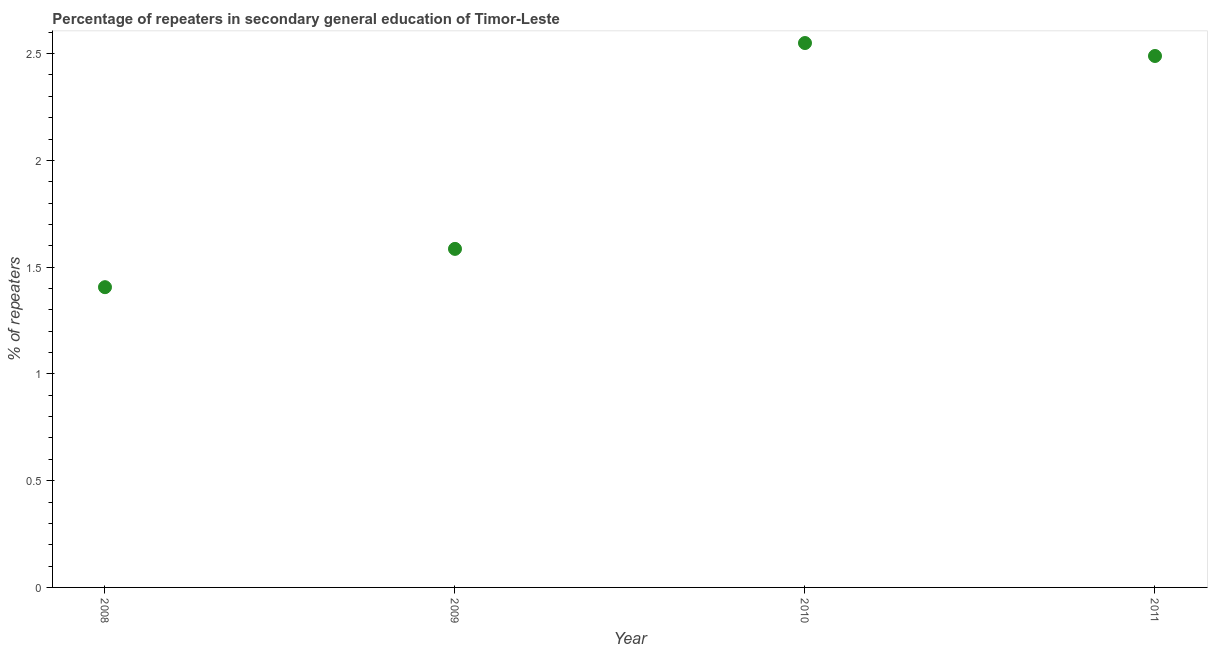
| Year | Percentage of repeaters |
 | --- | --- |
 | 2008 | 1.41 |
 | 2009 | 1.59 |
 | 2010 | 2.55 |
 | 2011 | 2.49 |